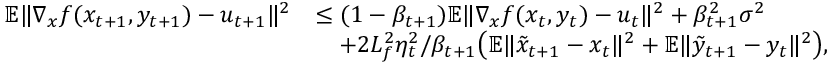
\begin{array} { r l } { \mathbb { E } \| \nabla _ { x } f ( x _ { t + 1 } , y _ { t + 1 } ) - u _ { t + 1 } \| ^ { 2 } } & { \leq ( 1 - \beta _ { t + 1 } ) \mathbb { E } \| \nabla _ { x } f ( x _ { t } , y _ { t } ) - u _ { t } \| ^ { 2 } + \beta _ { t + 1 } ^ { 2 } \sigma ^ { 2 } } \\ & { \quad + 2 L _ { f } ^ { 2 } \eta _ { t } ^ { 2 } / \beta _ { t + 1 } \big ( \mathbb { E } \| \tilde { x } _ { t + 1 } - x _ { t } \| ^ { 2 } + \mathbb { E } \| \tilde { y } _ { t + 1 } - y _ { t } \| ^ { 2 } \big ) , } \end{array}